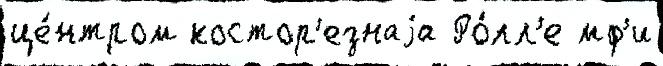
це́нтром костор'езнаjа Ро́лл'е мф'и